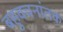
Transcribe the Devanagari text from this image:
बहुवचनांतक